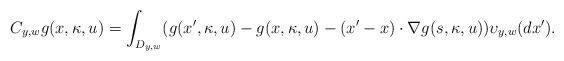
LaTeX: \begin{align*}C_{y,w}g(x,\kappa ,u)=\int_{D_{y,w}}(g(x',\kappa ,u)-g(x,\kappa ,u)-(x'-x)\cdot\nabla g(s,\kappa ,u))\upsilon_{y,w}(dx').\end{align*}